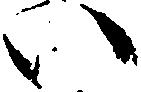
い